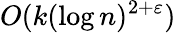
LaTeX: O(k(\log n)^{2+\varepsilon})